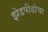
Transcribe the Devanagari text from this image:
झेडपीडीचा